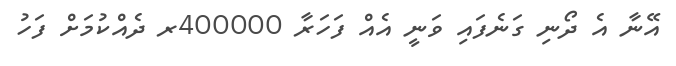
އޭނާ އެ ދޯނި ގަނެފައި ވަނީ އެއް ފަހަރާ 400000ރ ދެއްކުމަށް ފަހު